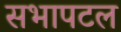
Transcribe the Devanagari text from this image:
सभापटल